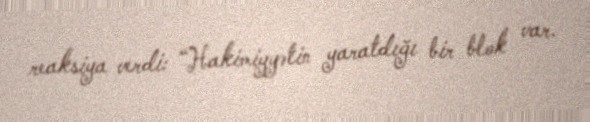
reaksiya verdi: “Hakimiyyətin yaratdığı bir blok var.